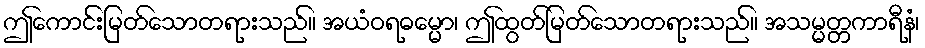
ဤကောင်းမြတ်သောတရားသည်။ အယံဝရဓမ္မော၊ ဤထွတ်မြတ်သောတရားသည်။ အသမ္မတ္တကာရီနံ၊